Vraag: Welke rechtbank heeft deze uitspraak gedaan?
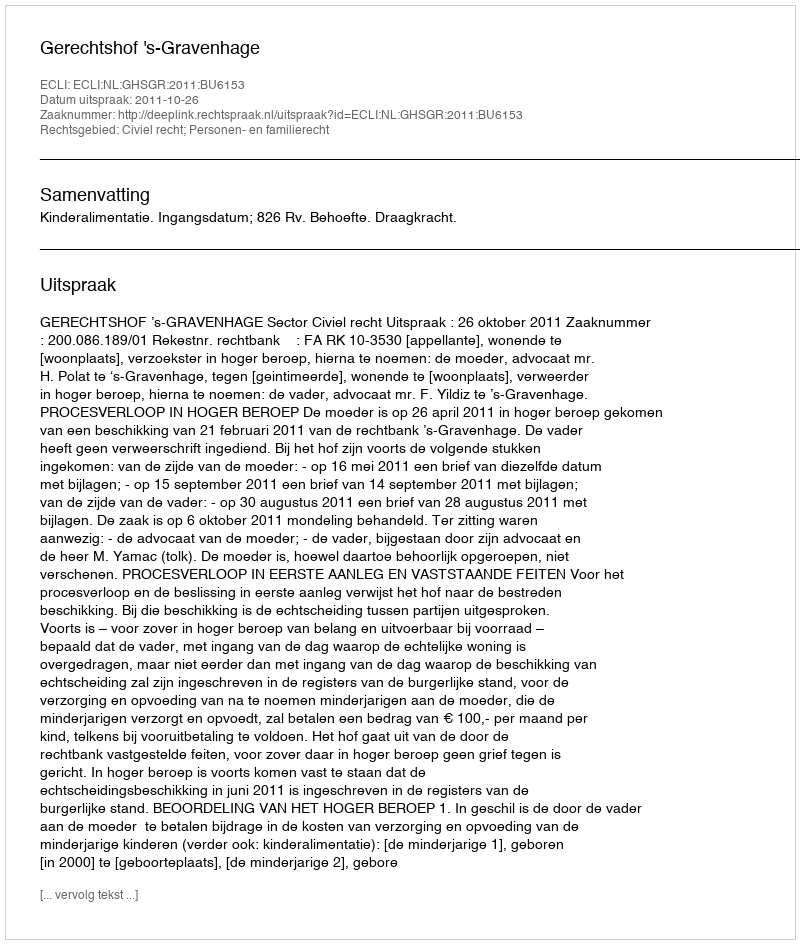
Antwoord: Gerechtshof 's-Gravenhage